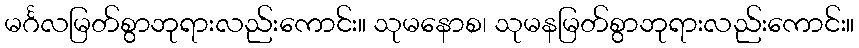
မင်္ဂလမြတ်စွာဘုရားလည်းကောင်း။ သုမနောစ၊ သုမနမြတ်စွာဘုရားလည်းကောင်း။